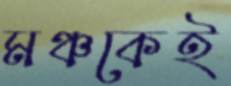
মঞ্চকেই